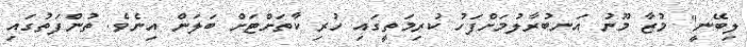
ލިބޭނީ" މުޒާ މޫނު އަނބުރާލުމަށްފަހު ކުރިމަތީގައި ހުރި ކާތަށްޓަށް ބަލަން އިނެވެ. ތުންފަތުގައި